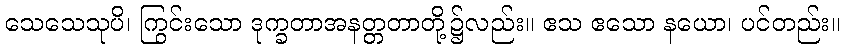
သေသေသုပိ၊ ကြွင်းသော ဒုက္ခတာအနတ္တတာတို့၌လည်း။ ဧသ ဧသော နယော၊ ပင်တည်း။